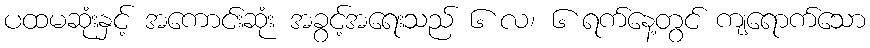
ပထမဆုံးနှင့် အကောင်းဆုံး အခွင့်အရေးသည် ၆ လ၊ ၆ ရက်နေ့တွင် ကျရောက်သော